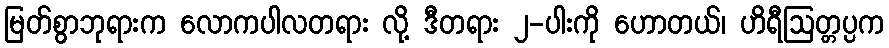
မြတ်စွာဘုရားက လောကပါလတရား လို့ ဒီတရား ၂-ပါးကို ဟောတယ်၊ ဟိရီဩတ္တပ္ပက